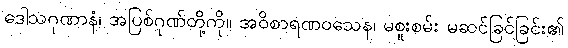
ဒေါသဂုဏာနံ၊ အပြစ်ဂုဏ်တို့ကို။ အဝိစာရဏဝသေန၊ မစူးစမ်း မဆင်ခြင်ခြင်း၏